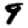
Digit: 9